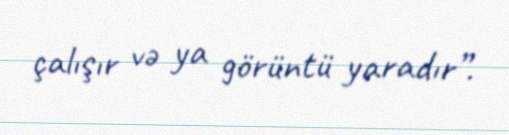
çalışır və ya görüntü yaradır”.